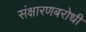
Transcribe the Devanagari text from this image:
संक्षारणबरोधी